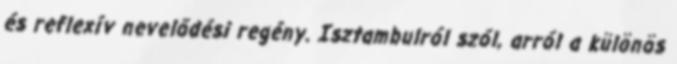
és reflexív nevelődési regény. Isztambulról szól, arról a különös